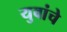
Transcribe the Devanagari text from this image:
युवांचे